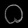
Digit: ၀